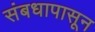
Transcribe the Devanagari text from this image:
संबधापासून